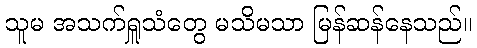
သူမ အသက်ရှူသံတွေ မသိမသာ မြန်ဆန်နေသည်။